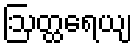
ဩတ္ထရေယျ